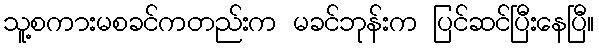
သူ့စကားမစခင်ကတည်းက မခင်ဘုန်းက ပြင်ဆင်ပြီးနေပြီ။